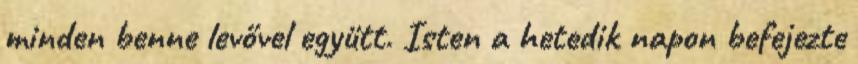
minden benne levővel együtt. Isten a hetedik napon befejezte